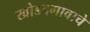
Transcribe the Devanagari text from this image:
खोडदगावाचे